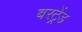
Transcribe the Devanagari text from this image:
बरट्रेंड